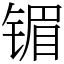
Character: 镅